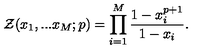
{ \cal Z } ( x _ { 1 } , . . . x _ { M } ; p ) = \prod _ { i = 1 } ^ { M } \frac { 1 - x _ { i } ^ { p + 1 } } { 1 - x _ { i } } .